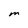
Character: M